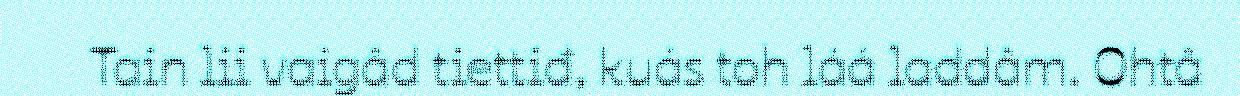
Tain lii vaigâd tiettiđ, kuás toh láá laddâm. Ohtâ